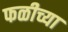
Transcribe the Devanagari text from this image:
फळीच्या